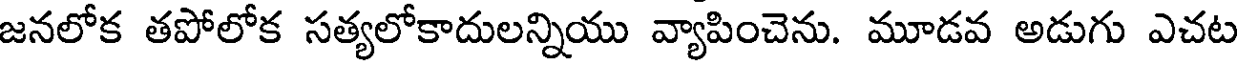
జనలోక తపోలోక సత్యలోకాదులన్నియు వ్యాపించెను. మూడవ అడుగు ఎచట